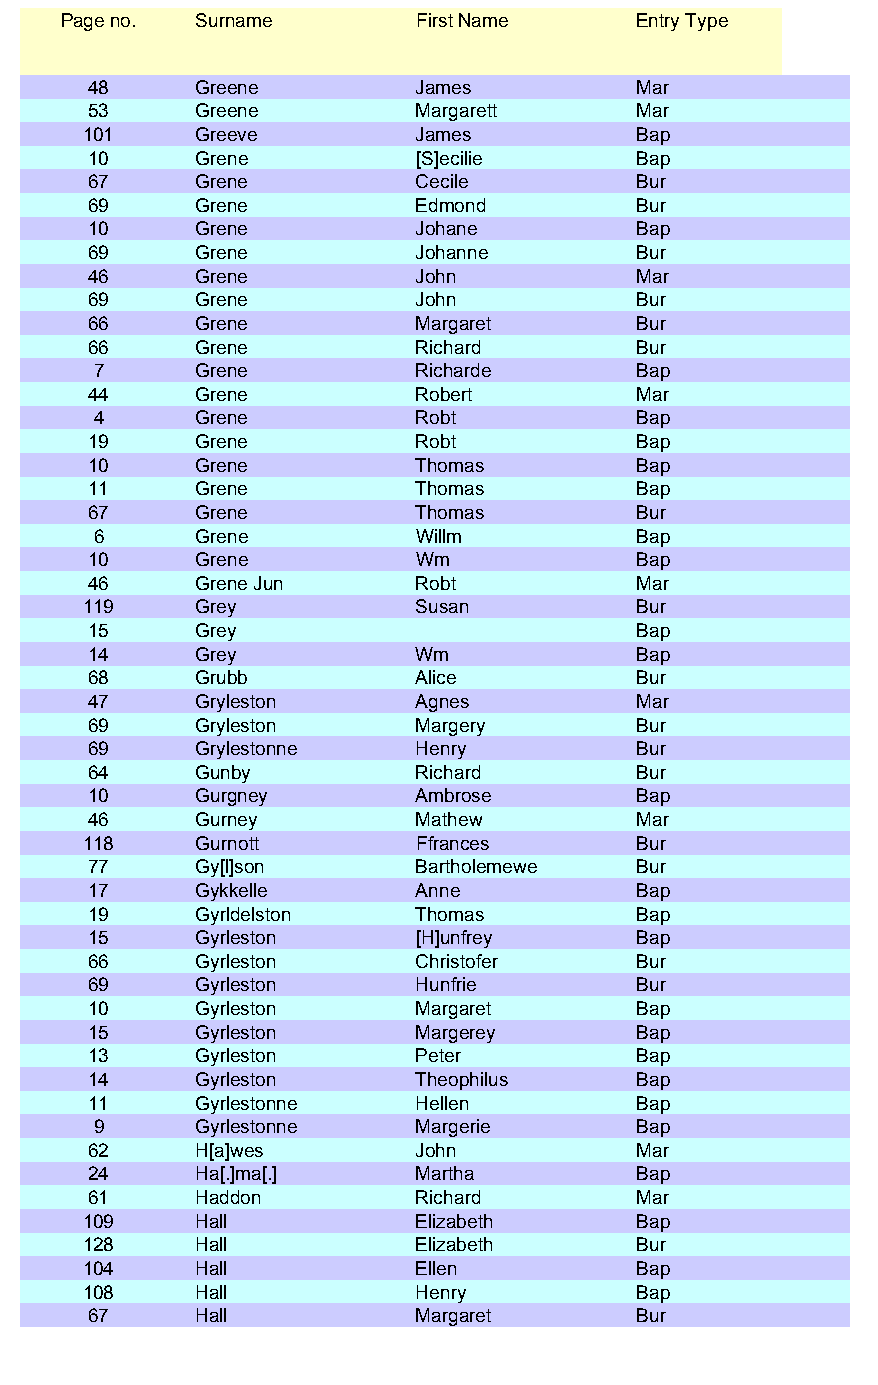
Page no. Surname        First Name    Entry Type
 48     Greene         James         Mar
 53     Greene         Margarett     Mar
 101    Greeve         James         Bap
 10     Grene          [S]ecilie     Bap
 67     Grene          Cecile        Bur
 69     Grene          Edmond        Bur
 10     Grene          Johane        Bap
 69     Grene          Johanne       Bur
 46     Grene          John          Mar
 69     Grene          John          Bur
 66     Grene          Margaret      Bur
 66     Grene          Richard       Bur
 7     Grene          Richarde      Bap
 44     Grene          Robert        Mar
 4     Grene          Robt          Bap
 19     Grene          Robt          Bap
 10     Grene          Thomas        Bap
 11     Grene          Thomas        Bap
 67     Grene          Thomas        Bur
 6     Grene          Willm         Bap
 10     Grene          Wm            Bap
 46     Grene Jun      Robt          Mar
 119    Grey           Susan         Bur
 15     Grey                         Bap
 14     Grey           Wm            Bap
 68     Grubb          Alice         Bur
 47     Gryleston      Agnes         Mar
 69     Gryleston      Margery       Bur
 69     Grylestonne    Henry         Bur
 64     Gunby          Richard       Bur
 10     Gurgney        Ambrose       Bap
 46     Gurney         Mathew        Mar
 118    Gurnott        Ffrances      Bur
 77     Gy[l]son       Bartholemewe  Bur
 17     Gykkelle       Anne          Bap
 19     Gyrldelston    Thomas        Bap
 15     Gyrleston      [H]unfrey     Bap
 66     Gyrleston      Christofer    Bur
 69     Gyrleston      Hunfrie       Bur
 10     Gyrleston      Margaret      Bap
 15     Gyrleston      Margerey      Bap
 13     Gyrleston      Peter         Bap
 14     Gyrleston      Theophilus    Bap
 11     Gyrlestonne    Hellen        Bap
 9     Gyrlestonne    Margerie      Bap
 62     H[a]wes        John          Mar
 24     Ha[.]ma[.]     Martha        Bap
 61     Haddon         Richard       Mar
 109    Hall           Elizabeth     Bap
 128    Hall           Elizabeth     Bur
 104    Hall           Ellen         Bap
 108    Hall           Henry         Bap
 67     Hall           Margaret      Bur